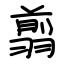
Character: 翦